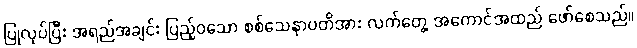
ပြုလုပ်ပြီး အရည်အချင်း ပြည့်ဝသော စစ်သေနာပတိအား လက်တွေ့ အကောင်အထည် ဖော်စေသည်။